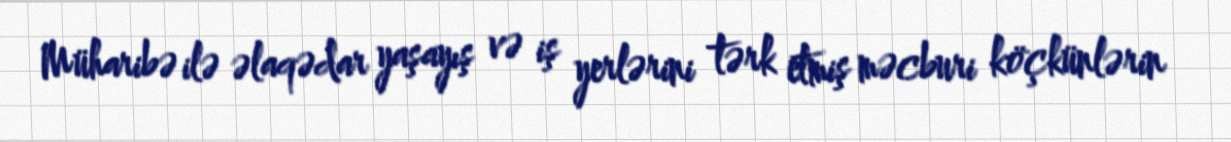
Müharibə ilə əlaqədar yaşayış və iş yerlərini tərk etmiş məcburi köçkünlərin